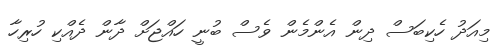
މިއަދު ހެކިބަސް ދިން އެންމެން ވެސް ބުނީ ހައްޖަށް ދާން ދެއްކި ހުރިހާ